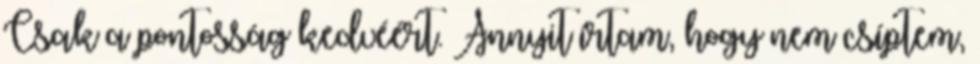
Csak a pontosság kedvéért. Annyit írtam, hogy nem csíptem,